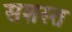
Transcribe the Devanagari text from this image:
सशस्त